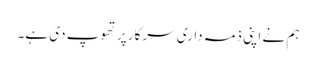
ہم نے اپنی ذمہ داری سرکار پر تھوپ دی ہے۔